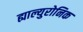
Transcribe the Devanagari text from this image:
ह्याल्युरोनिक